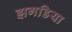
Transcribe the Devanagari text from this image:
झगडिया